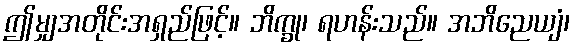
ဤမျှအတိုင်းအရှည်ဖြင့်။ ဘိက္ခု၊ ရဟန်းသည်။ အဘိညေယျံ၊